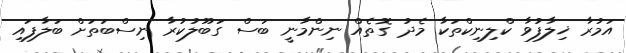
އަމުރާ ޚިލާފުވާ ކްލިނިކްތަކާ މެދު ގޮތެއް ނިންމާނީ ބަސް ގަބޫލުކުރާ ނިސްބަތަށް ބަލާފައި